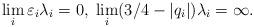
LaTeX: \begin{align*} \lim_i \varepsilon_i \lambda_i = 0, \; \lim_i (3/4 - |q_i|) \lambda_i = \infty.\end{align*}